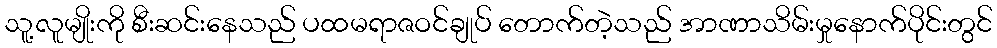
သူ့လူမျိုးကို စီးဆင်းနေသည် ပထမရာဇဝင်ချုပ် တောက်တဲ့သည် အာဏာသိမ်းမှုနောက်ပိုင်းတွင်